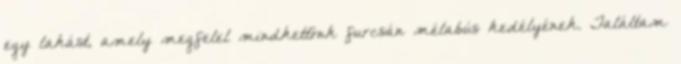
egy lakást, amely megfelel mindkettőnk furcsán mélabús kedélyének. Találtam